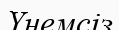
Үнемсіз